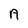
Character: A